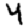
Digit: 4